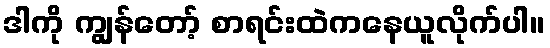
ဒါကို ကျွန်တော့် စာရင်းထဲကနေယူလိုက်ပါ။